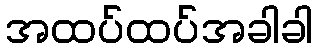
အထပ်ထပ်အခါခါ